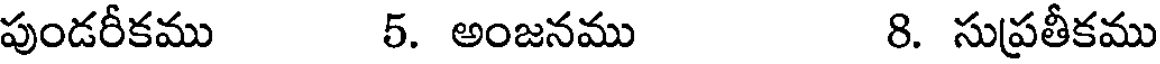
పుండరీకము 5. అంజనము 8. సుప్రతీకము